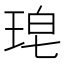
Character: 𮴜